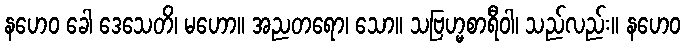
နဟေဝ ခေါ ဒေသေတိ၊ မဟော။ အညတရော၊ သော။ သဗြဟ္မစာရီဝါ၊ သည်လည်း။ နဟေဝ